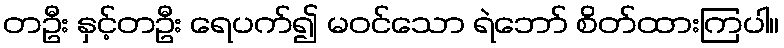
တဦး နှင့်တဦး ရေပက်၍ မဝင်သော ရဲဘော် စိတ်ထားကြပါ။